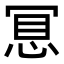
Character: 𢚞